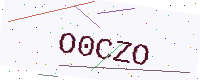
Text: O0CZO